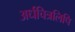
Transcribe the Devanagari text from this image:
अर्धचित्रलिपि